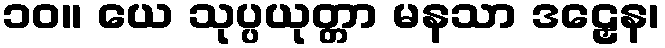
၁၀။ ယေ သုပ္ပယုတ္တာ မနသာ ဒဠှေန၊